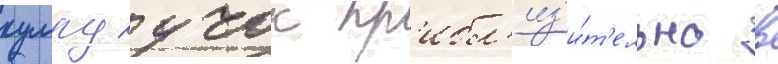
кумру учок пр'ибл'из'и́т'ельно в